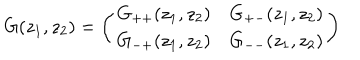
LaTeX: G ( z _ { 1 } , z _ { 2 } ) = \left( \begin{array} { l l } { { G _ { + + } ( z _ { 1 } , z _ { 2 } ) } } & { { G _ { + - } ( z _ { 1 } , z _ { 2 } ) } } \\ { { G _ { - + } ( z _ { 1 } , z _ { 2 } ) } } & { { G _ { -- } ( z _ { 1 } , z _ { 2 } ) } } \\ \end{array} \right)